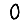
Digit: 0